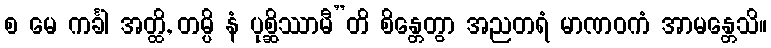
စ မေ ကင်္ခါ အတ္ထိ, တမ္ပိ နံ ပုစ္ဆိဿာမီ”တိ စိန္တေတွာ အညတရံ မာဏဝကံ အာမန္တေသိ။